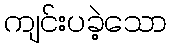
ကျင်းပခဲ့သော